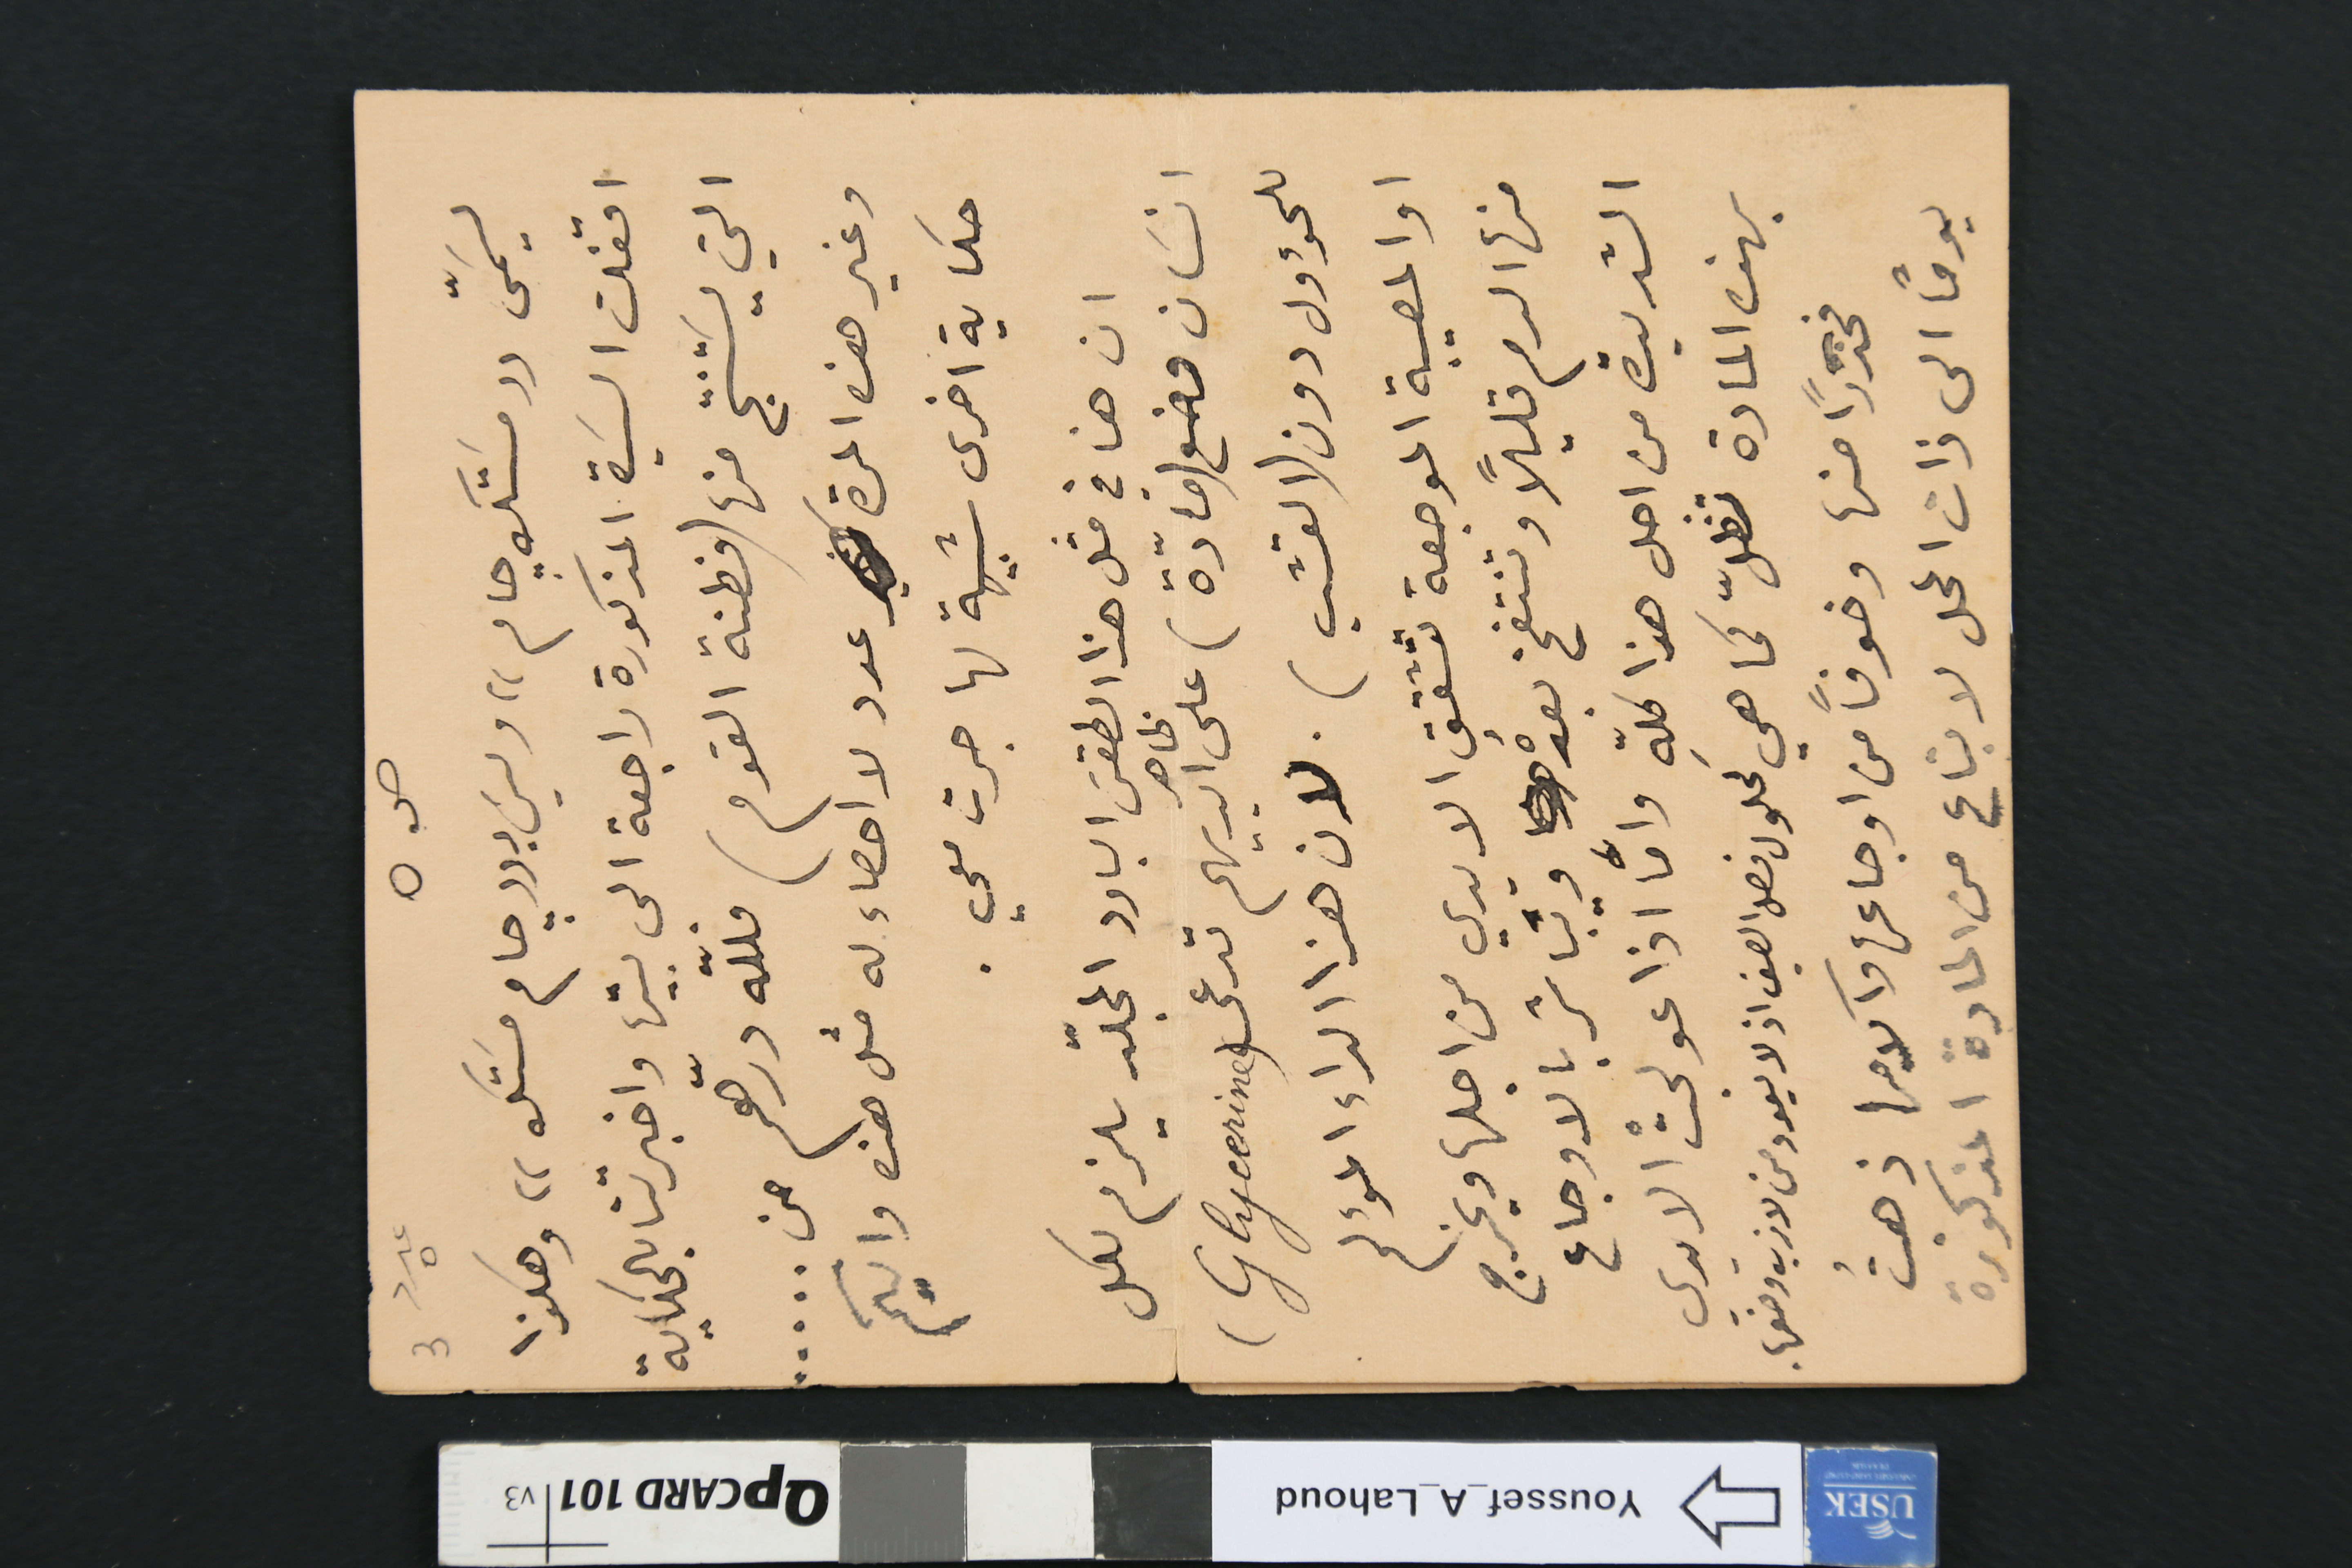
ص ٥
يسَمّى ((مسَتك جام) وليسَ بـ ((جام مسَتك)) وهكذا
اقفلت السَيدة المذكورة راجعة الى بيتها واخبرتنا بالحكاية
التي يسَتنتج منها (فطنة القوم) فلله درّهم من .....
وغير هذه المرة عدد لا احصاء له مثل هذه واليكم
حكاية اخرى شبيهة لها جرت معي.
ان هنا في مثل هذا الطقس البارد المجلّد يلزم لكل

انسان وضع (مادّة) على ظاهر ايديهم تدعى (Glycerine)
للحؤول دون (القشب). لان هذا الداء المؤلم
او المصيبة الموجعة تتشقق الايدي من اجلها ويخرج
منها الدم قليلاً وتنتفخ بعدهُ ويباشر بالاوجاع
الشديدة من اجل هذا كلّهِ وأما اذا عولجتْ الايدي
بهذه المادة تظلّ كما هي كحلول فصل الصيف اذ لا يعود من لازب وضعها.
فحذرًا منها وخوفًا من اوجاعها وآلامها ذهبتُ
يومًا الى ذات المحل لابتاع من المادة المذكورة